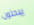
يبحثون